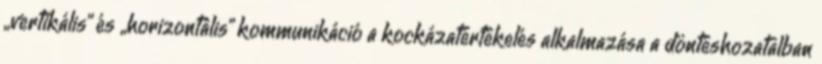
„vertikális” és „horizontális” kommunikáció a kockázatértékelés alkalmazása a döntéshozatalban